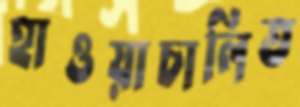
হাওয়াচালিত